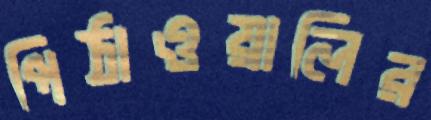
পিঠাওয়ালির